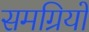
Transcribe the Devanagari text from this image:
समग्रियों